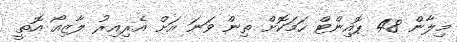
މިލާން 48 ޕޮއިންޓް ހަމަކޮށް ތިން ވަނަ އަށް އެރިއިރު ލާޒިއޯ އޮތީ